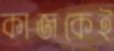
কাজকেই